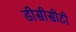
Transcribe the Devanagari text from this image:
डीसीसीटी